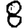
Digit: 8